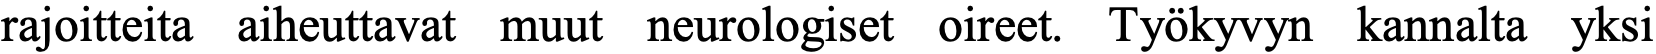
rajoitteita aiheuttavat muut neurologiset oireet. Työkyvyn kannalta yksi